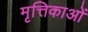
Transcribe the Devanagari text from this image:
मृत्तिकाओं